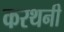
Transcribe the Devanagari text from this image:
करथनी